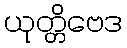
ယုတ္တိဗေဒ